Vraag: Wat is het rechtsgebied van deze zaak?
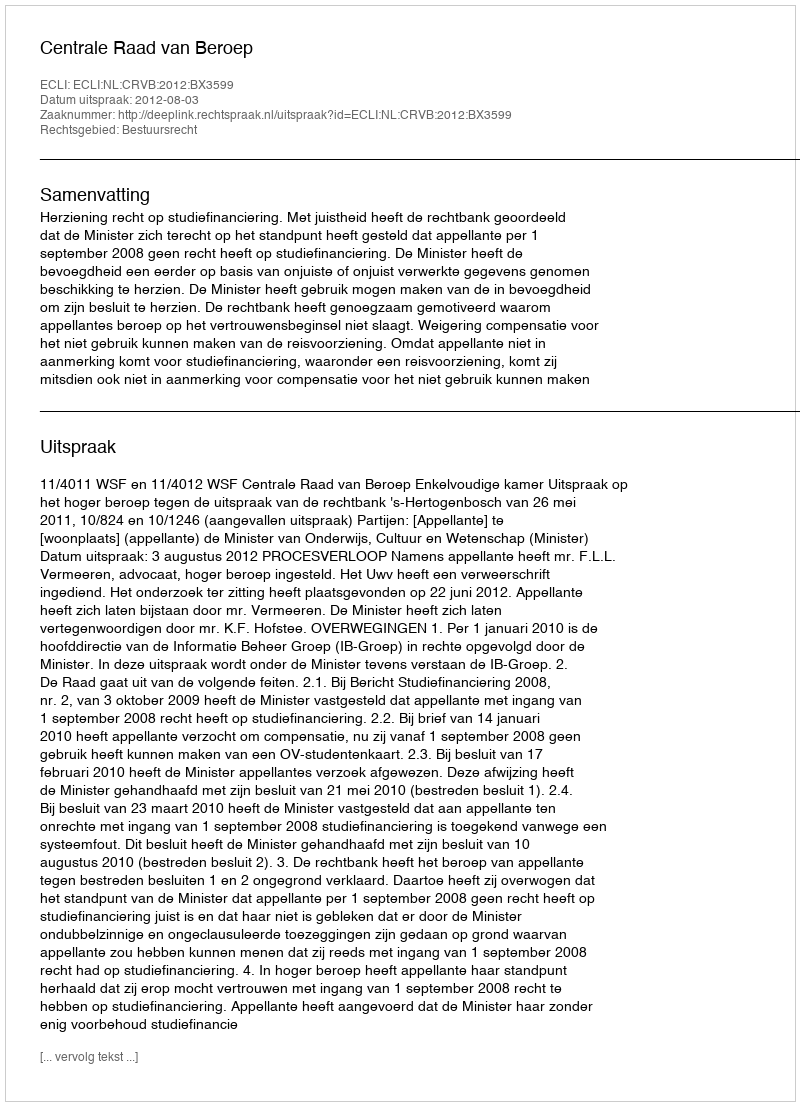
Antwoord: Bestuursrecht